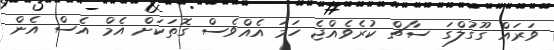
ވަރައް ގޫގުލްގަ ސާޗް ކުރެވެއްޖެ ހަމަ އެއްވެސް ގޮތަކަށް އެމް އެެސް އެން